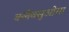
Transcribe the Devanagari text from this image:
क्लेवसुओसा